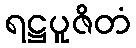
ရဋ္ဌပူဇိတံ